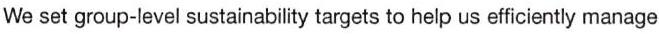
We set group-level sustainability targets to help us efficiently manage